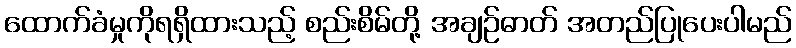
ထောက်ခံမှုကိုရရှိထားသည့် စည်းစိမ်တို့ အချဉ်ဓာတ် အတည်ပြုပေးပါမည်